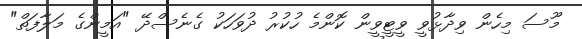
މޫސަ މިހެން ވިދާޅުވީ ވީޓީވީން ކޮންމެ ހުކުރު ދުވަހަކު ގެނެސްދޭ "އަމީންގެ މަލާފަތް"